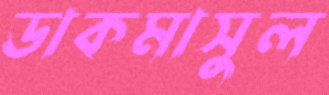
ডাকমাসুল